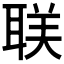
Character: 𬚛